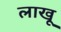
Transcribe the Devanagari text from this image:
लाखू